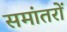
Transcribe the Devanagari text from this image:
समांतरों